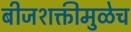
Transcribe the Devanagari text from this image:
बीजशक्तीमुळेच